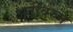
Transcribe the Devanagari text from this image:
अटींवरुन